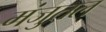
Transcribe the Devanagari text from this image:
मंजुतल